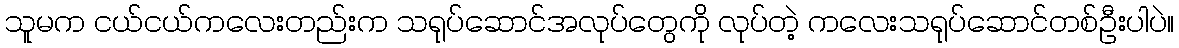
သူမက ငယ်ငယ်ကလေးတည်းက သရုပ်ဆောင်အလုပ်တွေကို လုပ်တဲ့ ကလေးသရုပ်ဆောင်တစ်ဦးပါပဲ။